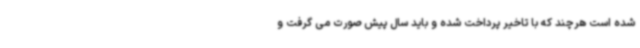
شده است هرچند که با تاخیر پرداخت شده و باید سال پیش صورت می گرفت و